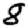
Digit: 8